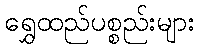
ရွှေထည်ပစ္စည်းများ